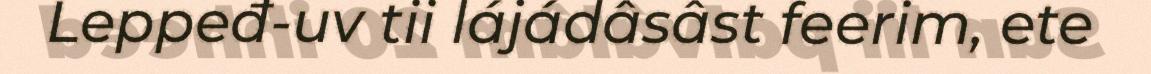
Leppeđ-uv tii lájádâsâst feerim, ete